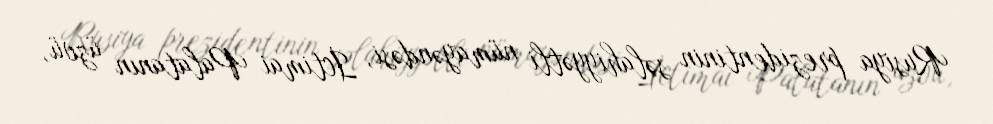
Rusiya prezidentinin səlahiyyətli nümayəndəsi, İctimai Palatanın üzvü,